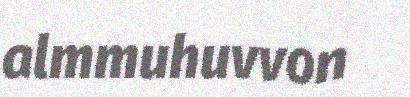
almmuhuvvon